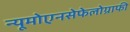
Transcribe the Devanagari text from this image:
न्यूमोएनसेफेलोग्राफी